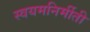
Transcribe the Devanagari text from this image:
स्वयमनिर्मीती